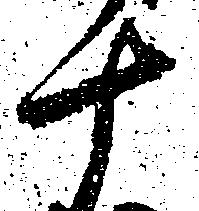
十